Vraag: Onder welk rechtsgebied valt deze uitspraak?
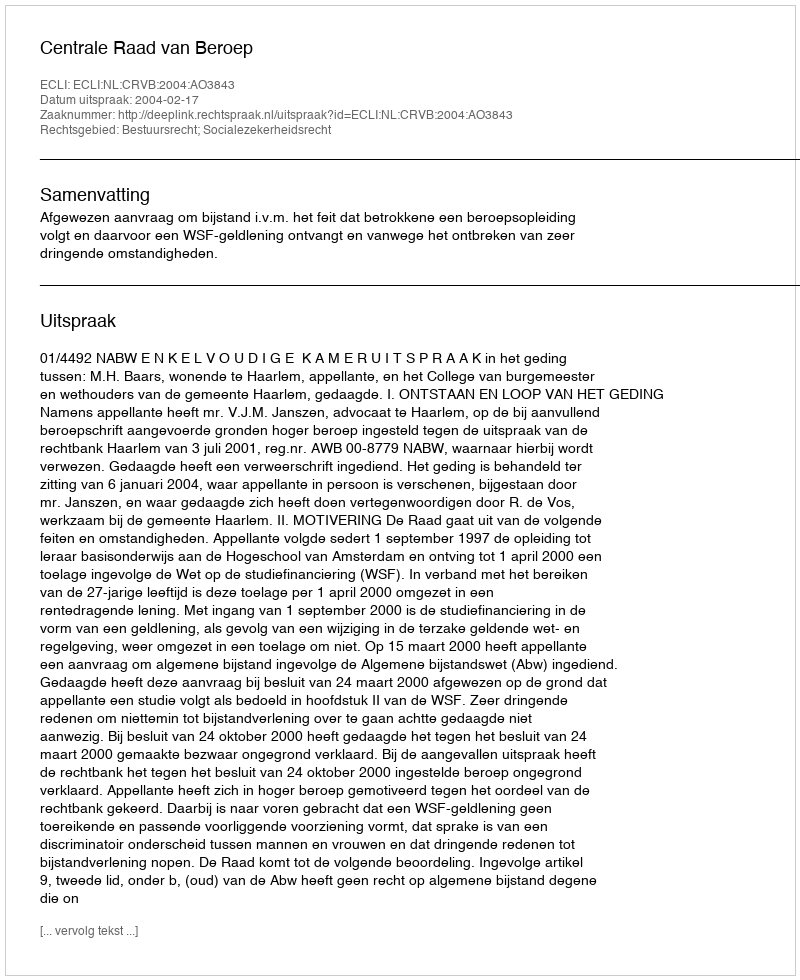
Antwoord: Bestuursrecht; Socialezekerheidsrecht